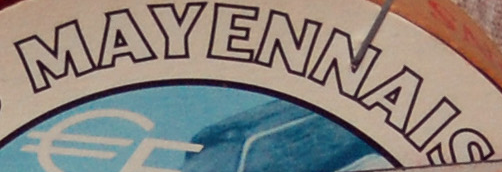
MAYENNAIS